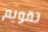
تقويم